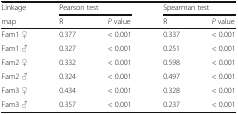
| Linkage | <COLSPAN=2> Pearson test | <COLSPAN=2> Spearman test |
 | map | R | P value | R | P value |
 | --- | --- | --- | --- | --- |
 | Fam1 ♀ | 0.377 | < 0.001 | 0.337 | < 0.001 |
 | Fam1 ♂ | 0.327 | < 0.001 | 0.251 | < 0.001 |
 | Fam2 ♀ | 0.332 | < 0.001 | 0.598 | < 0.001 |
 | Fam2 ♂ | 0.324 | < 0.001 | 0.497 | < 0.001 |
 | Fam3 ♀ | 0.434 | < 0.001 | 0.328 | < 0.001 |
 | Fam3 ♂ | 0.357 | < 0.001 | 0.237 | < 0.001 |